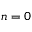
n = 0